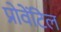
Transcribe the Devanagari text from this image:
प्रोवेंटिल